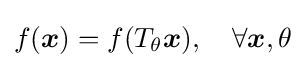
f({\boldsymbol {x}})=f(T_{\theta }{\boldsymbol {x}}),\quad \forall {\boldsymbol {x}},\theta